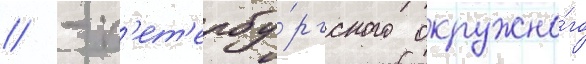
// - п'ет'ербу́ргского окружно́го